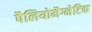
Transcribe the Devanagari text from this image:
पैलियोमैग्नेटिक